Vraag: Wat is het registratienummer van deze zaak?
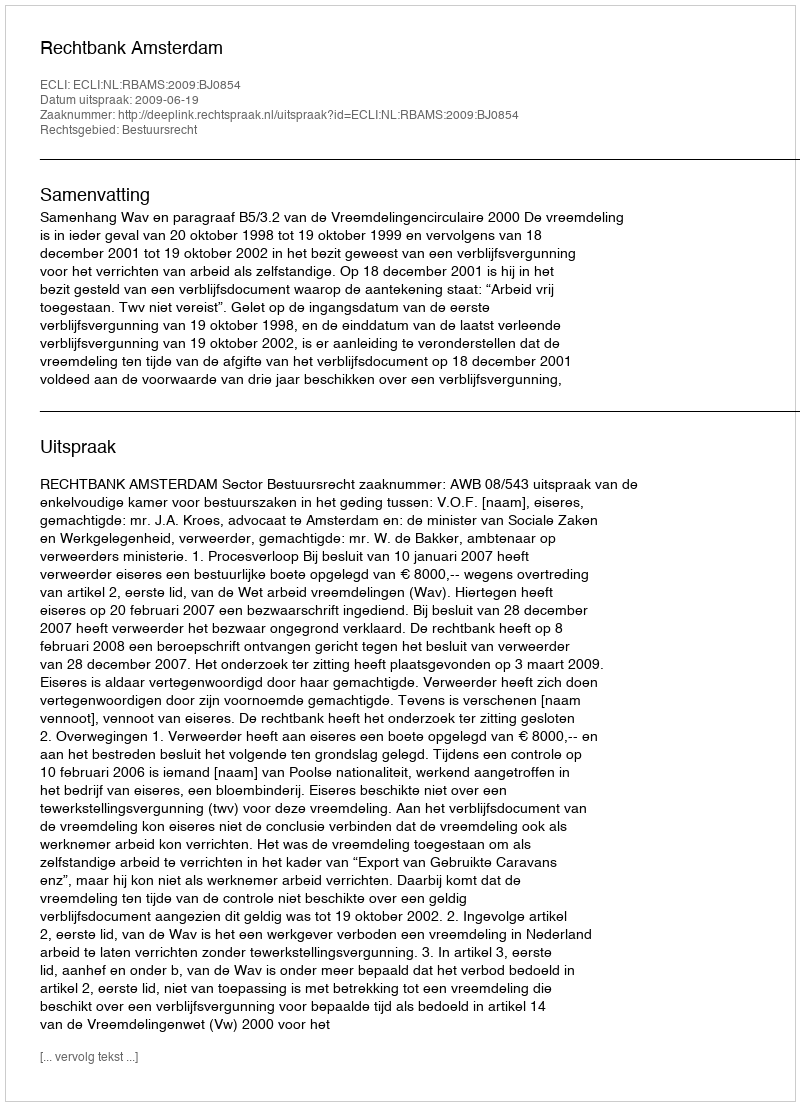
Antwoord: http://deeplink.rechtspraak.nl/uitspraak?id=ECLI:NL:RBAMS:2009:BJ0854